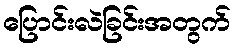
ပြောင်းလဲခြင်းအတွက်